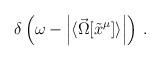
LaTeX: \begin{align*}\delta\left(\omega - \left|\langle\vec\Omega[\tilde x^\mu]\rangle\right|\right) \,.\end{align*}